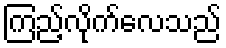
ကြည့်လိုက်လေသည်